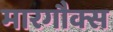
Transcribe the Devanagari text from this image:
मारगौक्स